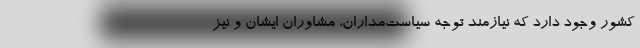
کشور وجو‌د دارد که نیازمند توجه سیاست‌مداران، مشاوران ایشان و نیز